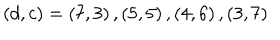
( d , c ) = \left( 7 , 3 \right) , \left( 5 , 5 \right) , \left( 4 , 6 \right) , \left( 3 , 7 \right)